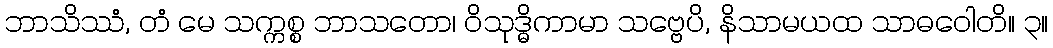
ဘာသိဿံ, တံ မေ သက္ကစ္စ ဘာသတော၊ ဝိသုဒ္ဓိကာမာ သဗ္ဗေပိ, နိသာမယထ သာဓဝေါတိ။ ၃။